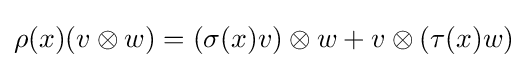
\rho (x)(v\otimes w)=(\sigma (x)v)\otimes w+v\otimes (\tau (x)w)